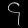
Digit: ၄